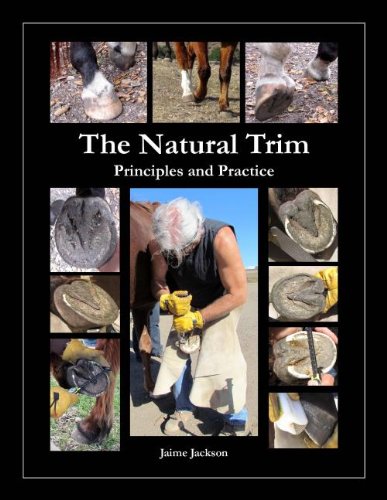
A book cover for The Natural Trim: Principles and Practice; Jaime Jackson; Education & Teaching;